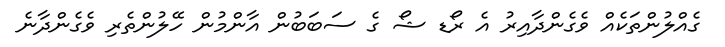
ގެއްލުންތަކެއް ވެގެންދާއިރު އެ ރޯޑ ޝޯ ގެ ސަބަބުން އާންމުން ހޭލުންތެރި ވެގެންދާނެ